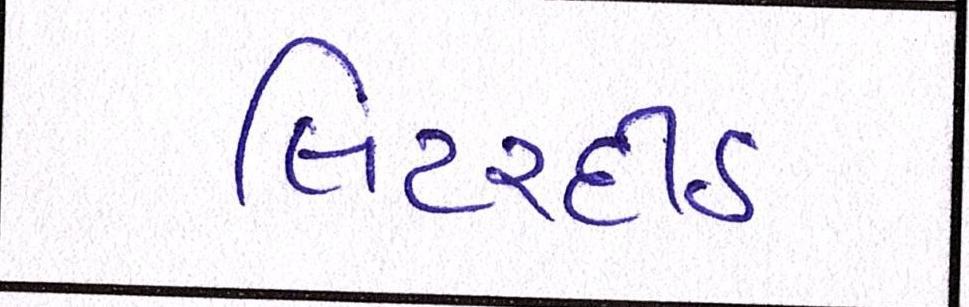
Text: લિટરદીઠ